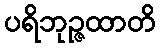
ပရိဘုဉ္ဇထာတိ